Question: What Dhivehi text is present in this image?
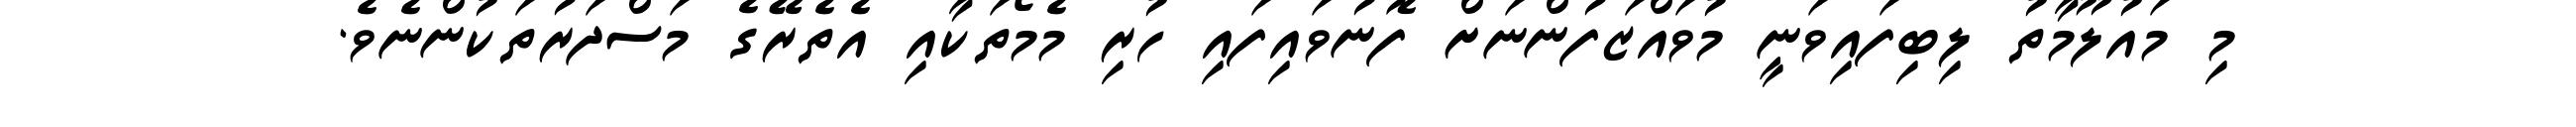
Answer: މި މައުލޫމާތު ލިބިފައިވަނީ މުވައްޒަފުންނަށް ފޮނުވައިފައި ހުރި މެމޯތަކާއި އެތެރޭގެ މަސްދަރުތަކުންނެވެ.